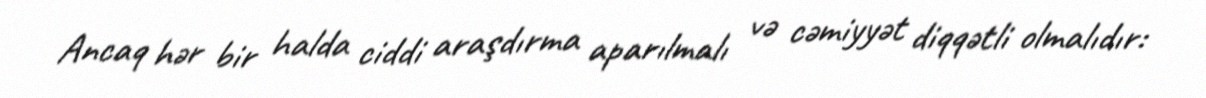
Ancaq hər bir halda ciddi araşdırma aparılmalı və cəmiyyət diqqətli olmalıdır: